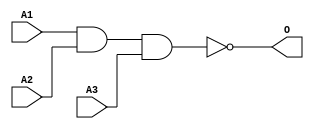
module JNAND3A(A1, A2, A3, O);
input   A1;
input   A2;
input   A3;
output  O;
nand g0(O, A1, A2, A3);
endmodule